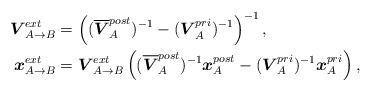
LaTeX: \begin{align*}\boldsymbol{V}_{A\rightarrow B}^{ext} & =\left((\overline{\boldsymbol{V}}_{A}^{post})^{-1}-(\boldsymbol{V}_{A}^{pri})^{-1}\right)^{-1}, \\\boldsymbol{x}_{A\rightarrow B}^{ext} & =\boldsymbol{V}_{A\rightarrow B}^{ext}\left((\overline{\boldsymbol{V}}_{A}^{post})^{-1}\boldsymbol{x}_{A}^{post}-(\boldsymbol{V}_{A}^{pri})^{-1}\boldsymbol{x}_{A}^{pri}\right),\end{align*}